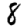
Digit: 8